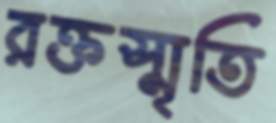
রক্তস্মৃতি